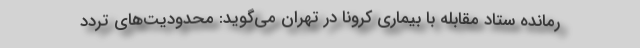
رمانده ستاد مقابله با بیماری کرونا در تهران می‌گوید: محدودیت‌های تردد